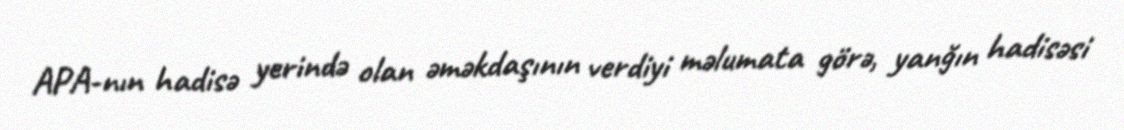
APA-nın hadisə yerində olan əməkdaşının verdiyi məlumata görə, yanğın hadisəsi